Malaria in the Duars
Disease focus: Malaria
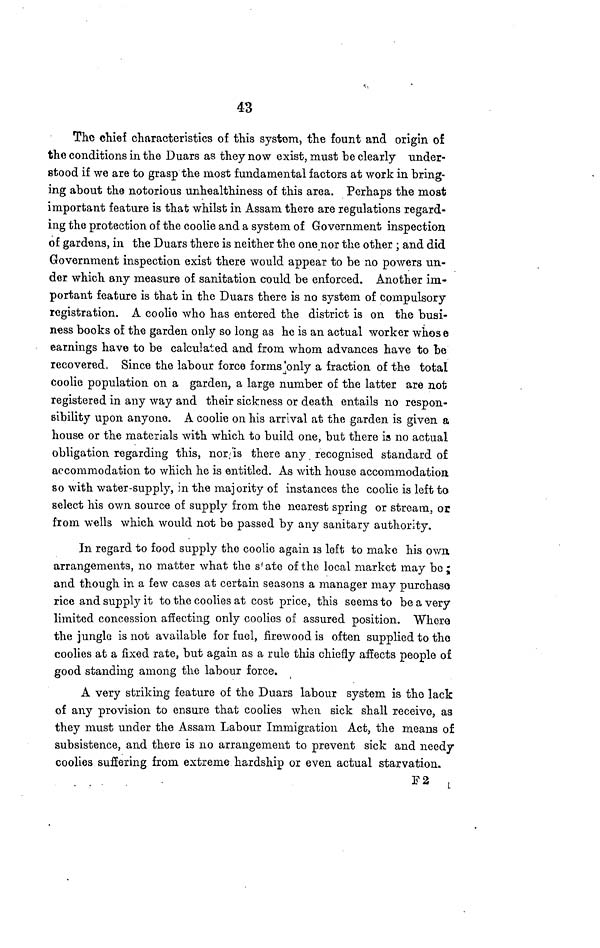
43
The chief characteristics of this system, the fount and origin of
the conditions in the Duars as they now exist, must be clearly under-
stood if we are to grasp the most fundamental factors at work in bring-
ing about the notorious unhealthiness of this area. Perhaps the most
important feature is that whilst in Assam there are regulations regard-
ing the protection of the coolie and a system of Government inspection
of gardens, in the Duars there is neither the one nor the other ; and did
Government inspection exist there would appear to be no powers un-
der which any measure of sanitation could be enforced. Another im-
portant feature is that in the Duars there is no system of compulsory
registration. A coolie who has entered the district is on the busi-
ness books of the garden only so long as he is an actual worker whose
earnings have to be calculated and from whom advances have to be
recovered. Since the labour force forms only a fraction of the total
coolie population on a garden, a large number of the latter are not
registered in any way and their sickness or death entails no respon-
sibility upon anyone. A coolie on his arrival at the garden is given a
house or the materials with which to build one, but there is no actual
obligation regarding this, nor is there any recognised standard of
accommodation to which he is entitled. As with house accommodation
so with water-supply, in the majority of instances the coolie is left to
select his own source of supply from the nearest spring or stream, or
from wells which would not be passed by any sanitary authority.
In regard to food supply the coolie again is left to make his own
arrangements, no matter what the state of the local market may be ;
and though in a few cases at certain seasons a manager may purchase
rice and supply it to the coolies at cost price, this seems to be a very
limited concession affecting only coolies of assured position. Where
the jungle is not available for fuel, firewood is often supplied to the
coolies at a fixed rate, but again as a rule this chiefly affects people of
good standing among the labour force.
A very striking feature of the Duars labour system is the lack
of any provision to ensure that coolies when sick shall receive, as
they must under the Assam Labour Immigration Act, the means of
subsistence, and there is no arrangement to prevent sick and needy
coolies suffering from extreme hardship or even actual starvation.
F 2